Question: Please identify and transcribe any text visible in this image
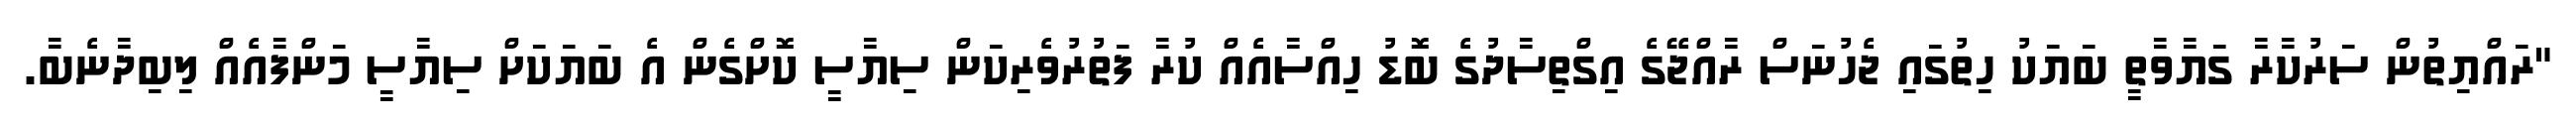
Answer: "ރައްޔިތުން ސަރުކާރާ ގަޔާވާތީ ބަޔަކު ހިތުގައި ޖެހުނަސް ރާއްޖޭގެ އިގްތިސާދުގެ ބޮޑު ހިއްސާއެއް ކުރާ ފަތުރުވެރިކަން ސިޔާސީ ކޮށްގެން އެ ބަޔަކަށް ސިޔާސީ މަންފާއެއް ލިބިދާނެބާ.